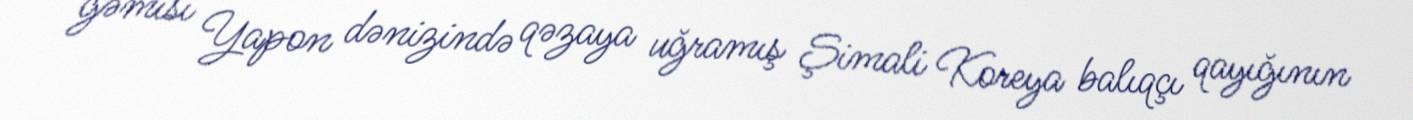
gəmisi Yapon dənizində qəzaya uğramış Şimali Koreya balıqçı qayığının